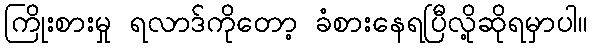
ကြိုးစားမှု ရလာဒ်ကိုတော့ ခံစားနေရပြီလို့ဆိုရမှာပါ။